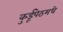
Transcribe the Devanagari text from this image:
कुर्डूपेठमधे